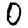
Digit: 0